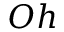
O h